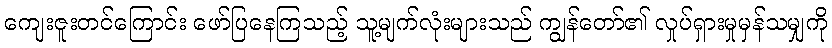
ကျေးဇူးတင်ကြောင်း ဖော်ပြနေကြသည့် သူ့မျက်လုံးများသည် ကျွန်တော်၏ လှုပ်ရှားမှုမှန်သမျှကို